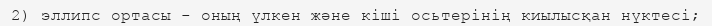
2) эллипс ортасы - оның үлкен және кіші осьтерінің киылысқан нүктесі;